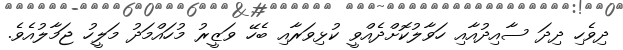
ދިވެހި ދިދަ ސާއިދުއާއި ހަވާލުކޮށްދެއްވީ ކުޅިވަރާއި ބެހޭ ވަޒީރު މުހައްމަދު މަލީހު ޖަމާލުއެވެ.